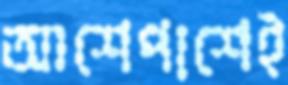
আশেপাশেই